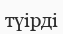
түірді